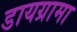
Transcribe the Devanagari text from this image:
डायग्रामा